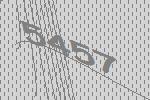
5457